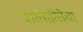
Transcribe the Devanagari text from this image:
वारंवारितेचा